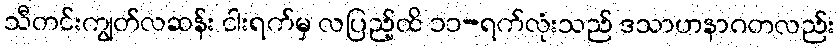
သီတင်းကျွတ်လဆန်း ငါးရက်မှ လပြည့်ထိ ၁၁-ရက်လုံးသည် ဒသာဟနာဂတလည်း